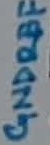
Text: GNDREF